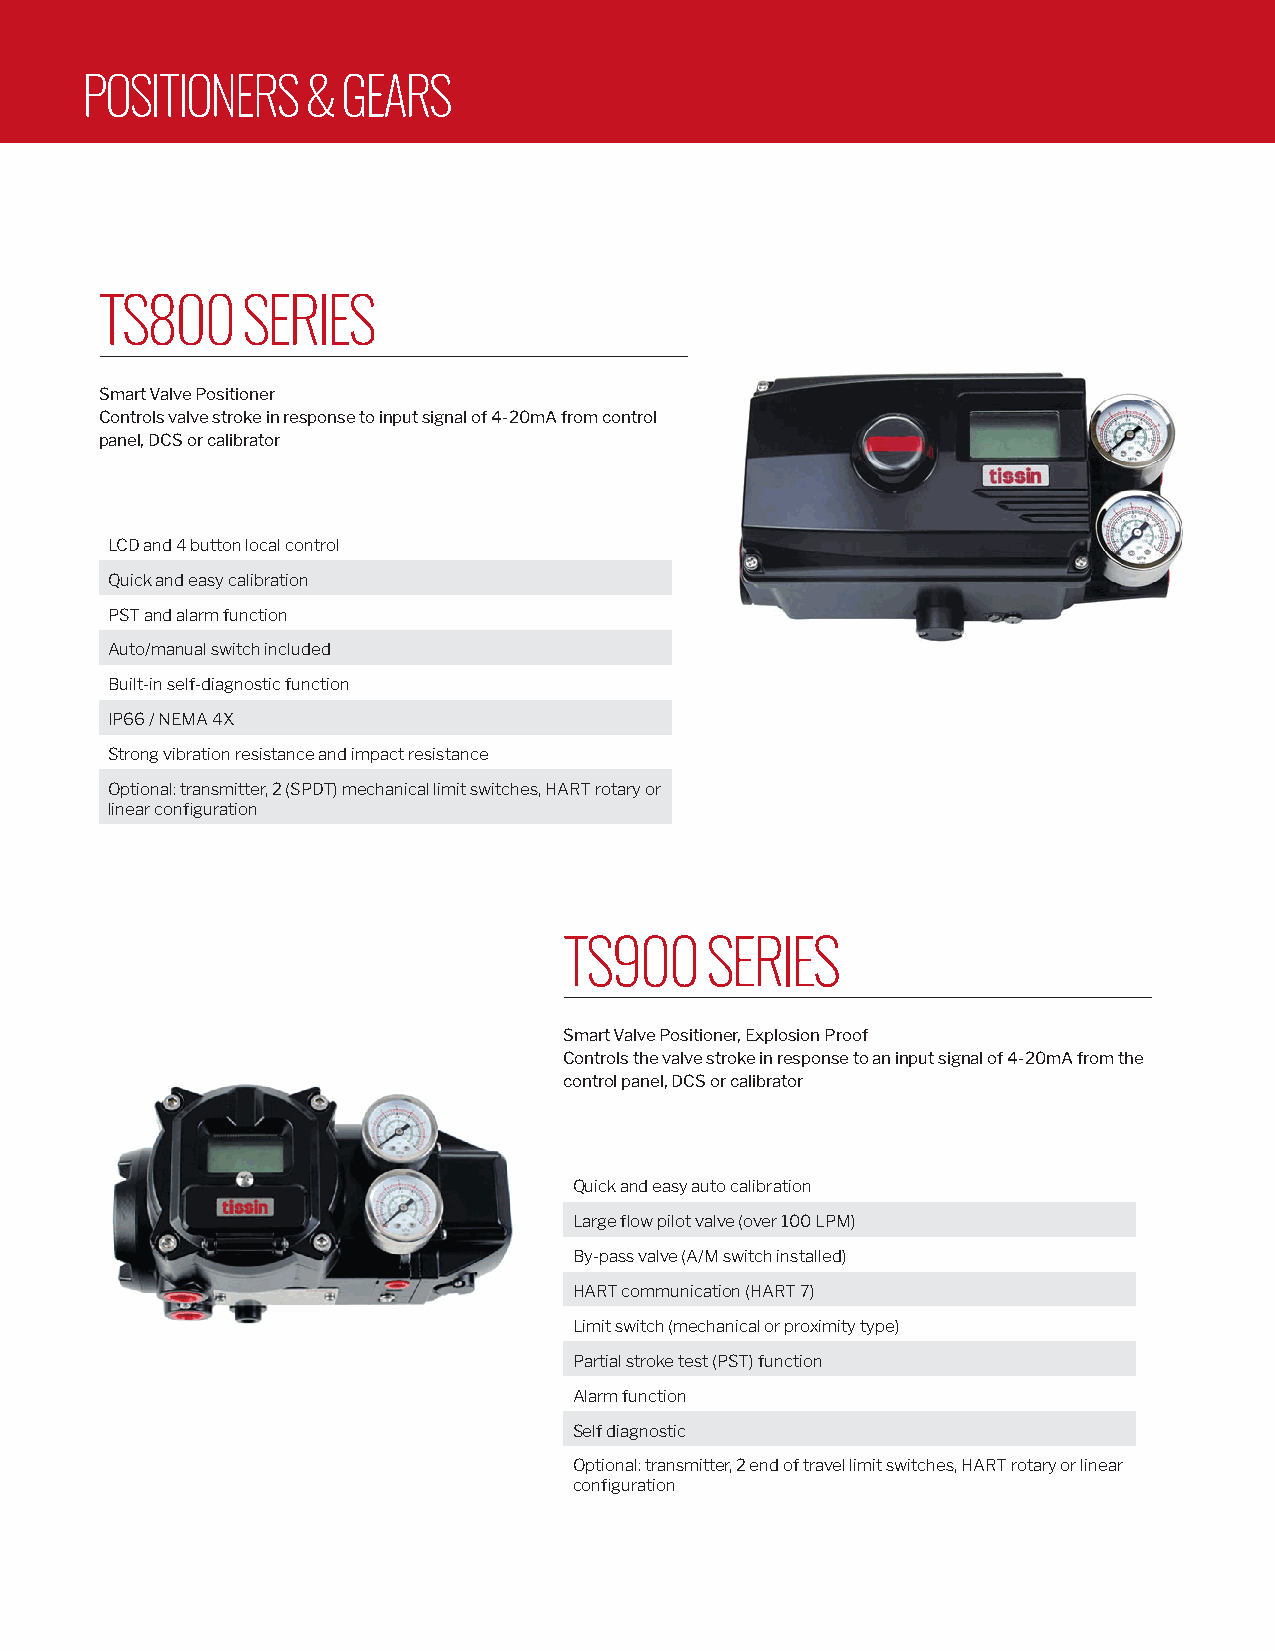
POSITIONERS    &  GEARS
 TS800    SERIES
 Smart Valve Positioner
 Controls valve stroke in response to input signal of 4-20mA from control
 panel, DCS or calibrator
 LCD and 4 button local control
 Quick and easy calibration
 PST and alarm function
 Auto/manual switch included
 Built-in self-diagnostic function
 IP66 / NEMA 4X
 Strong vibration resistance and impact resistance
 Optional: transmitter, 2 (SPDT) mechanical limit switches, HART rotary or
 linear configuration
 TS900     SERIES
 Smart Valve Positioner, Explosion Proof
 Controls the valve stroke in response to an input signal of 4-20mA from the
 control panel, DCS or calibrator
 Quick and easy auto calibration
 Large flow pilot valve (over 100 LPM)
 By-pass valve (A/M switch installed)
 HART communication (HART 7)
 Limit switch (mechanical or proximity type)
 Partial stroke test (PST) function
 Alarm function
 Self diagnostic
 Optional: transmitter, 2 end of travel limit switches, HART rotary or linear
 configuration